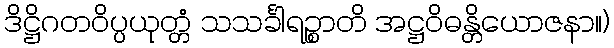
ဒိဋ္ဌိဂတဝိပ္ပယုတ္တံ သသင်္ခါရဉ္စာတိ အဋ္ဌဝိဓန္တိယောဇနာ။)